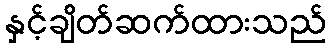
နှင့်ချိတ်ဆက်ထားသည်